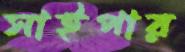
সাইপার